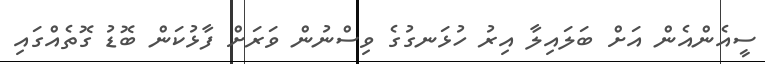
ސީއެންއެން އަށް ބަލައިލާ އިރު ހުޅަނގުގެ ވިސްނުން ވަރަށް ފާޅުކަން ބޮޑު ގޮތެއްގައި